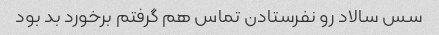
سس سالاد رو نفرستادن تماس هم گرفتم برخورد بد بود